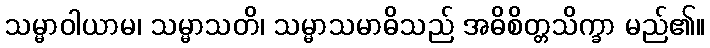
သမ္မာဝါယာမ၊ သမ္မာသတိ၊ သမ္မာသမာဓိသည် အဓိစိတ္တသိက္ခာ မည်၏။